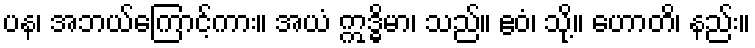
ပန၊ အဘယ်ကြောင့်ကား။ အယံ ဣဒ္ဓိမာ၊ သည်။ ဧဝံ၊ သို့။ ဟောတိ၊ နည်း။